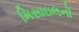
મિસાઇલનો